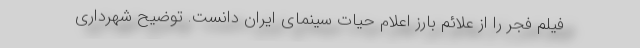
فیلم فجر را از علائم بارز اعلام حیات سینمای ایران دانست. توضیح شهرداری